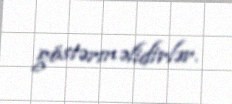
göstərməlidirlər.